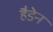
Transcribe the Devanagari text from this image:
हैडेन